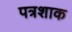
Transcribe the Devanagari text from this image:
पत्रशाक